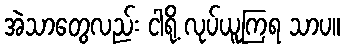
အဲသာတွေလည်း ငါရို့ လုပ်ယူကြရ သာပ။